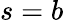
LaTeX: s=b